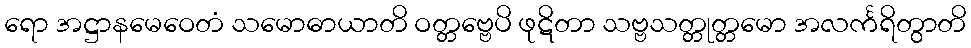
ရော အဋ္ဌာနမေဝေတံ သမောဓာယာတိ ဝတ္တဗ္ဗေပိ ဖုဋိတာ သဗ္ဗသတ္တုတ္တမော အလင်္ကရိတွာတိ